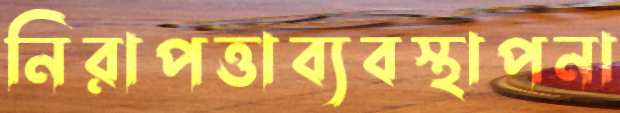
নিরাপত্তাব্যবস্থাপনা